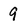
Character: 9